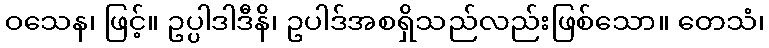
ဝသေန၊ ဖြင့်။ ဥပ္ပါဒါဒီနိ၊ ဥပါဒ်အစရှိသည်လည်းဖြစ်သော။ တေသံ၊